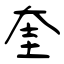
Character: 奎